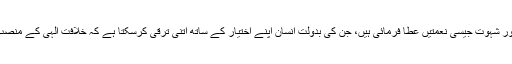
وہ فرق یہ ہے کہ خدا نے انسان کو عقل، غضب اور شہوت جیسی نعمتیں عطا فرمائی ہیں، جن کی بدولت انسان اپنے اختیار کے ساتھ اتنی ترقی کرسکتا ہے کہ خلافت الہیٰ کے منصب پر فائز ہو جائے اور فرشتوں کا مسجود ٹھہرے۔